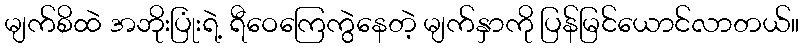
မျက်စိထဲ အဘိုးပြုံးရဲ့ ရီဝေကြေကွဲနေတဲ့ မျက်နှာကို ပြန်မြင်ယောင်လာတယ်။